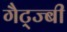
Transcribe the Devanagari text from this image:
गैट्ज्बी